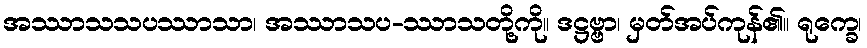
အဿာသသပဿာသာ၊ အဿာသပ-ဿာသတို့ကို။ ဒဋ္ဌဗ္ဗာ၊ မှတ်အပ်ကုန်၏။ ရုက္ခေ၊